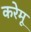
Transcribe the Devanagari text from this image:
करेमू